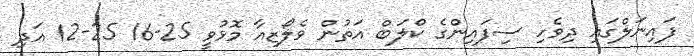
ފައިނަލްގައި ދިވެހި ސިފައިންގެ ކްލަބް އަތުން ވެލޯޒިއާ މޮޅުވީ 25-16 25-12 އަދި